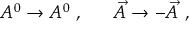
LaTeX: A ^ { 0 } \rightarrow A ^ { 0 } ~ , ~ ~ ~ ~ ~ \vec { A } \rightarrow - \vec { A } ~ ,